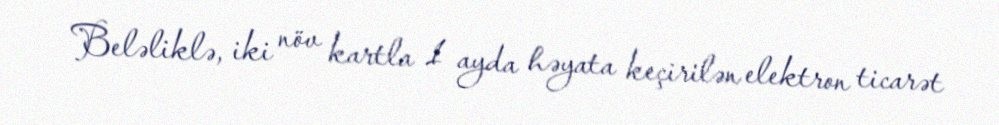
Beləliklə, iki növ kartla 1 ayda həyata keçirilən elektron ticarət